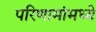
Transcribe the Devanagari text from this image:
परिणामांमध्ये